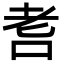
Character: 㖈